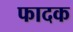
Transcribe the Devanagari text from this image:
फादक